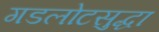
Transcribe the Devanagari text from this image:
गडलोटसुद्धा